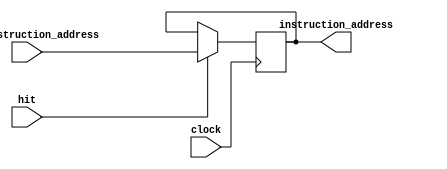
`timescale 1ns / 1ps

// One of the 32 Registers of the MIPS Architecture Which Indicates the Executing Line of the Instruction Memory.

module PC_register(
	input[31:0] next_instruction_address, input hit, input clock, 
	output reg[31:0] instruction_address
	);
	
	initial instruction_address = 0;
	
	always @(negedge clock)
		if(hit)
			#0.001 instruction_address = next_instruction_address;
			
endmodule